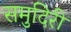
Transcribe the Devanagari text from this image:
समुदिरी